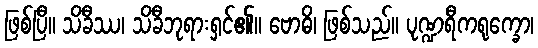
ဖြစ်ပြီ။ သိခီဿ၊ သိခီဘုရားရှင်၏။ ဗောဓိ၊ ဖြစ်သည်။ ပုဏ္ဍရီကရုက္ခော၊